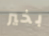
بخير